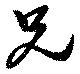
兄